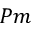
P m